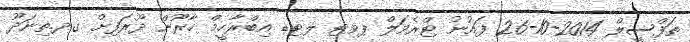
ތަފްސީލް 2014-10-26 ފައުނު ޓްރެވަލް ޕވޓ ލޓޑ އިބްރާހީމް ހާރޫން ދޫރަފިށް ގދ.ތިނަދޫ